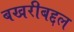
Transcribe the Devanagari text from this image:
बखरीबद्दल